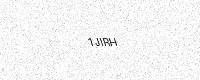
Text: 1JIRH